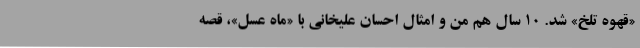
«قهوه تلخ» شد. ۱۰ سال هم من و امثال احسان علیخانی با «ماه عسل»، قصه